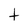
Character: t